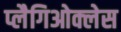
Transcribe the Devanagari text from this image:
प्लैगिओक्लेस